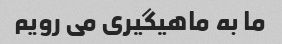
ما به ماهیگیری می رویم